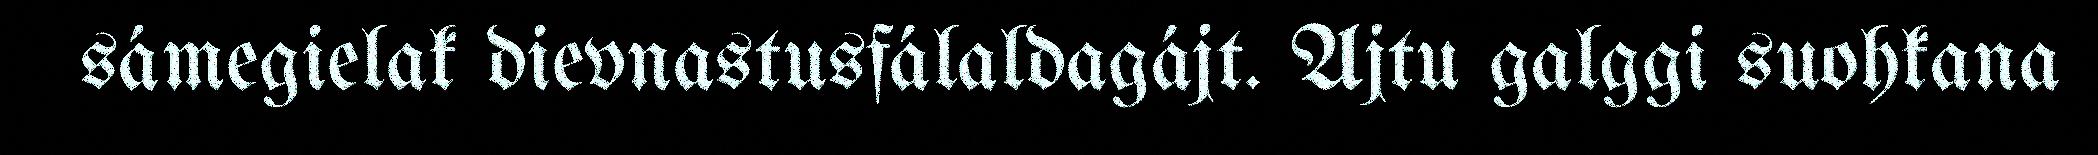
sámegielak dievnastusfálaldagájt. Ajtu galggi suohkana